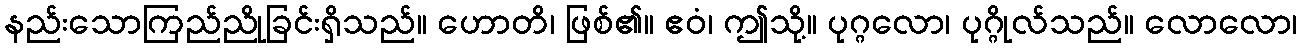
နည်းသောကြည်ညိုခြင်းရှိသည်။ ဟောတိ၊ ဖြစ်၏။ ဧဝံ၊ ဤသို့။ ပုဂ္ဂလော၊ ပုဂ္ဂိုလ်သည်။ လောလော၊